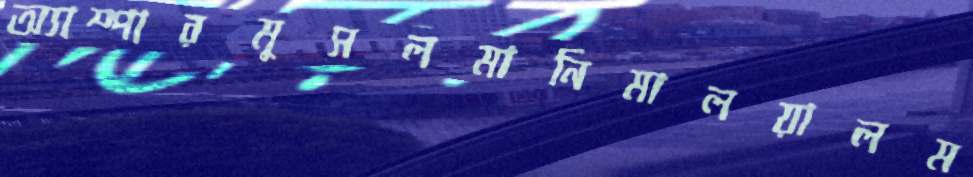
অ্যাম্পারমুসলমানিমালয়ালম